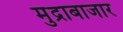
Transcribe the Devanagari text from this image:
मुद्राबाजार